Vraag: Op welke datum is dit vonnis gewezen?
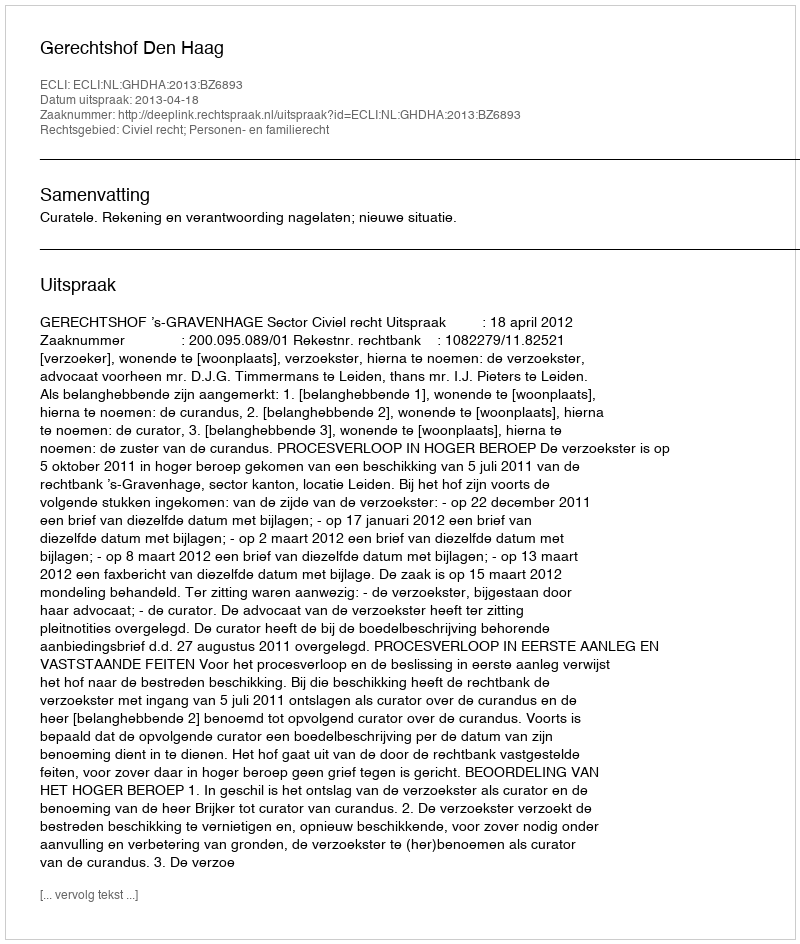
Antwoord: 2013-04-18